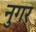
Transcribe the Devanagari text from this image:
नुगर